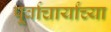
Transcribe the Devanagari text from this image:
पूर्वाचार्यांच्या